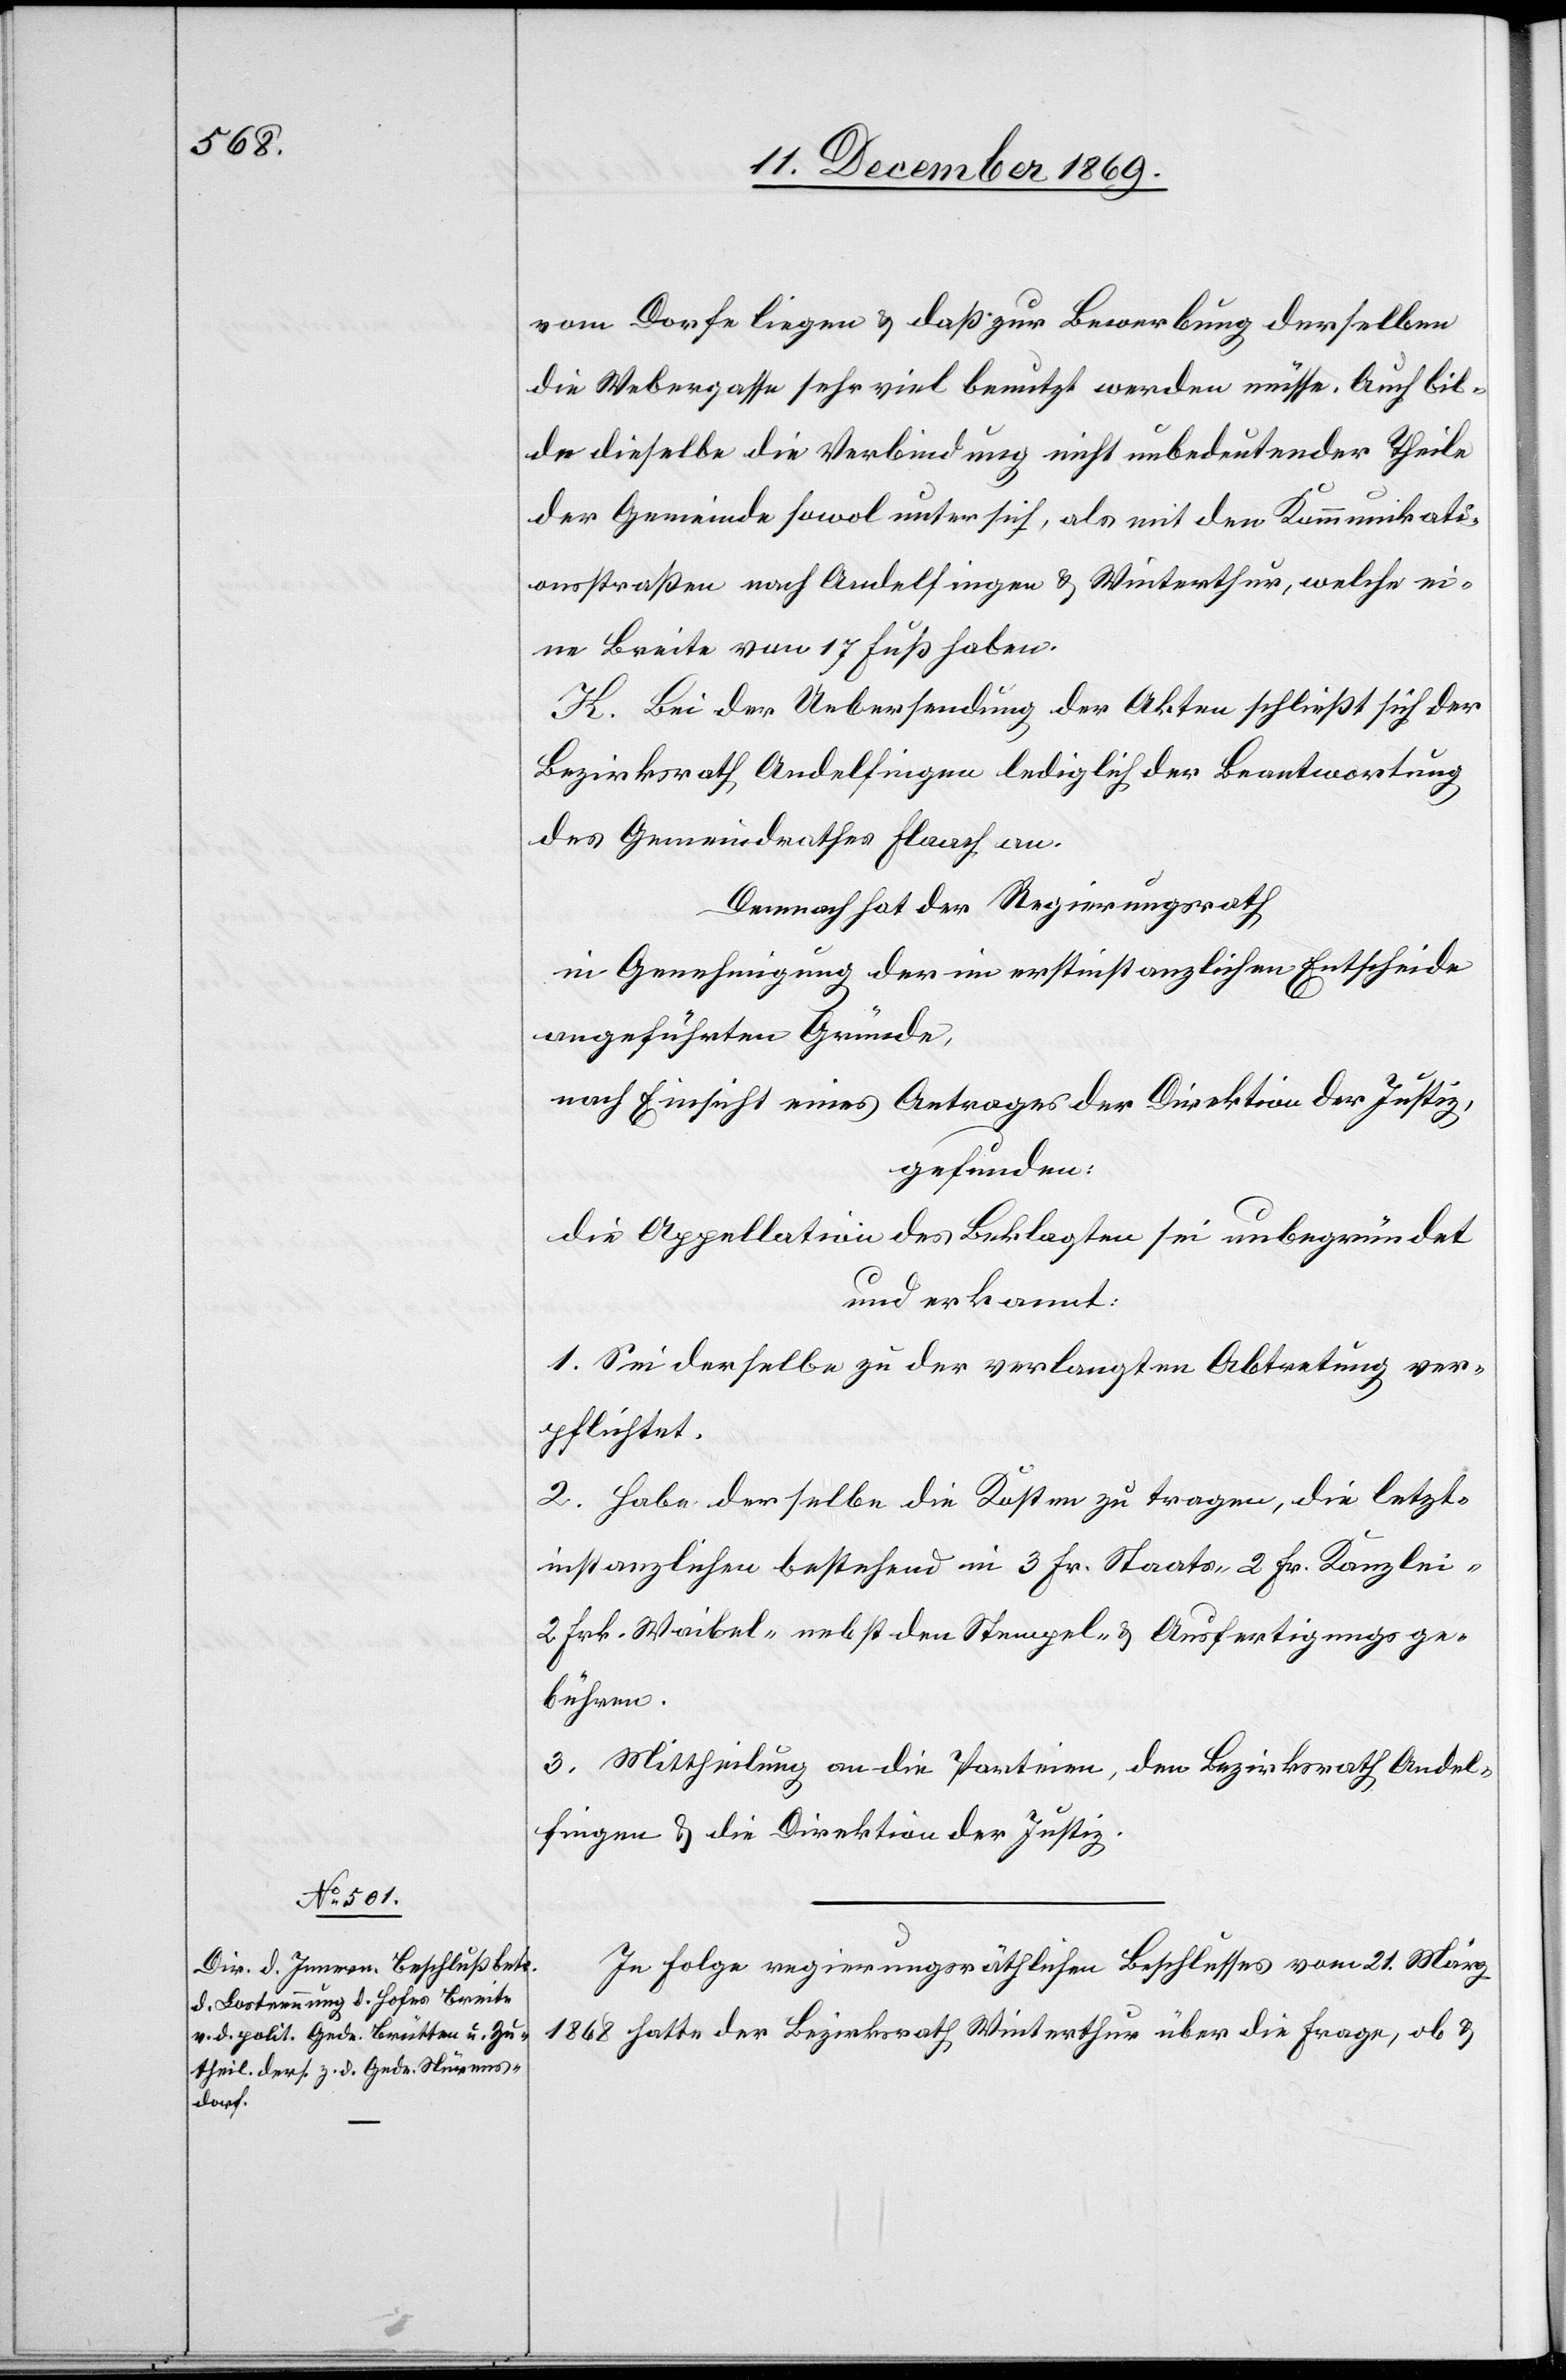
vom Dorfe liegen & daß zur Bewerbung derselben
die Webergasse sehr viel benutzt werden müsse. Auch bil¬
de dieselbe die Verbindung nicht unbedeutender Theile
der Gemeinde sowol unter sich, als mit den Kommunikati¬
onsstraßen nach Andelfingen & Winterthur, welche ei¬
ne Breite von 17 Fuß haben.
K. Bei der Uebersendung der Akten schließt sich der
Bezirksrath Andelfingen lediglich der Beantwortung
des Gemeindrathes Flaach an.
Demnach hat der Regierungsrath
in Genehmigung der im erstinstanzlichen Entscheide
angeführten Gründe,
nach Einsicht eines Antrages der Direktion der Justiz,
gefunden:
die Appellation des Beklagten sei unbegründet
und erkannt:
1. Sei derselbe zu der verlangten Abtretung ver¬
pflichtet.
2. Habe derselbe die Kosten zu tragen, die letzt¬
instanzlichen bestehend in 3 Fr. Staats-[,] 2 Frk. Kanzlei-[,]
2 Frk. Waibel-[,] nebst den Stempel- & Ausfertigungsge¬
bühren.
3. Mittheilung an die Parteien, den Bezirksrath Andel¬
fingen & die Direktion der Justiz.
In Folge regierungsräthlichen Beschlusses vom 21. März
1868 hatte der Bezirksrath Winterthur über die Frage, ob &